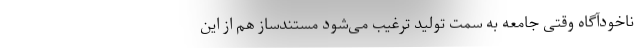
ناخودآگاه وقتی جامعه به سمت تولید ترغیب می‌شود مستندساز هم از این